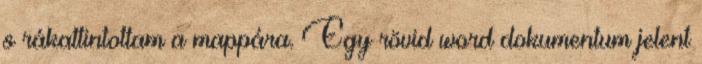
s rákattintottam a mappára. Egy rövid word dokumentum jelent